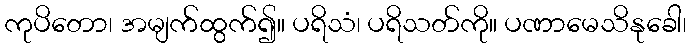
ကုပိတော၊ အမျက်ထွက်၍။ ပရိသံ၊ ပရိသတ်ကို။ ပဏာမေသိနုခေါ၊